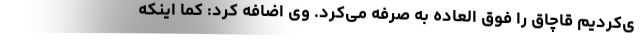
ی‌کردیم قاچاق را فوق العاده به صرفه می‌کرد. وی اضافه کرد: کما اینکه